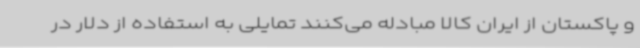
و پاکستان از ایران کالا مبادله می‌کنند تمایلی به استفاده از دلار در